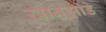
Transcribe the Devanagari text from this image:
खानझोडे